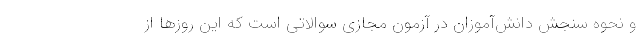
و نحوه سنجش دانش‌آموزان در آزمون‌ مجازی سوالاتی است که این روزها از